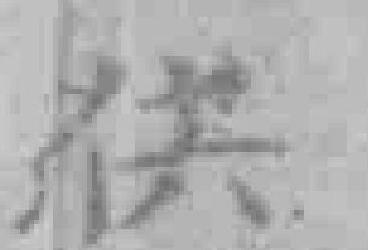
供